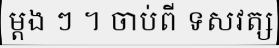
ម្តង ៗ ។ ចាប់ពី ទសវត្ស